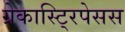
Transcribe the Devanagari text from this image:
ग्रेकास्टि्रपेसस